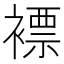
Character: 褾